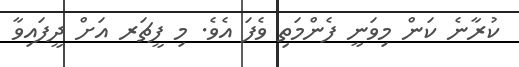
ކުރާނެ ކަން މިވަނީ ފެންމަތި ވެފަ އެވެ. މި ފީޗަރ އަށް ދީފައިވާ